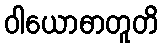
ဝါယောဓာတူတိ